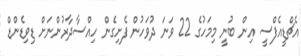
އެޗްޑީއެފްސީ އިން ބުނީ މިމަހުގެ 22 ވަނަ ދުވަހުން ފެށިގެން ހިއްސާދާރުންނަށް ޑިވިޑެންޑް